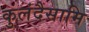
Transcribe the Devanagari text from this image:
कुलंदैसामि